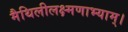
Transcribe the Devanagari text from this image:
मैथिलीलक्ष्मणाभ्याम्।